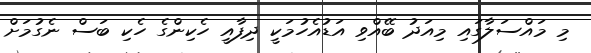
މި މައްސަލާގައި މިއަދު ބޭއްވި އަޑުއެހުމަކީ ދިފާއީ ހެކިންގެ ހެކި ބަސް ނެގުމަށް